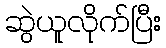
ဆွဲယူလိုက်ပြီး